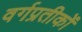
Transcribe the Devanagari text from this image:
वर्गप्रतीकों